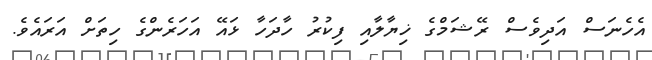
އެހެނަސް އަދިވެސް ރޭޝަމްގެ ޚިޔާލާއި ފިކުރު ހާދަހާ ޅައޭ އަހަރެންގެ ހިތަށް އަރައެވެ.